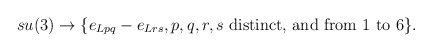
\begin{align*}su(3)\rightarrow \{e_{Lpq}-e_{Lrs}, p,q,r,s \mbox{ distinct, and from }1\mbox{ to } 6\}.\end{align*}